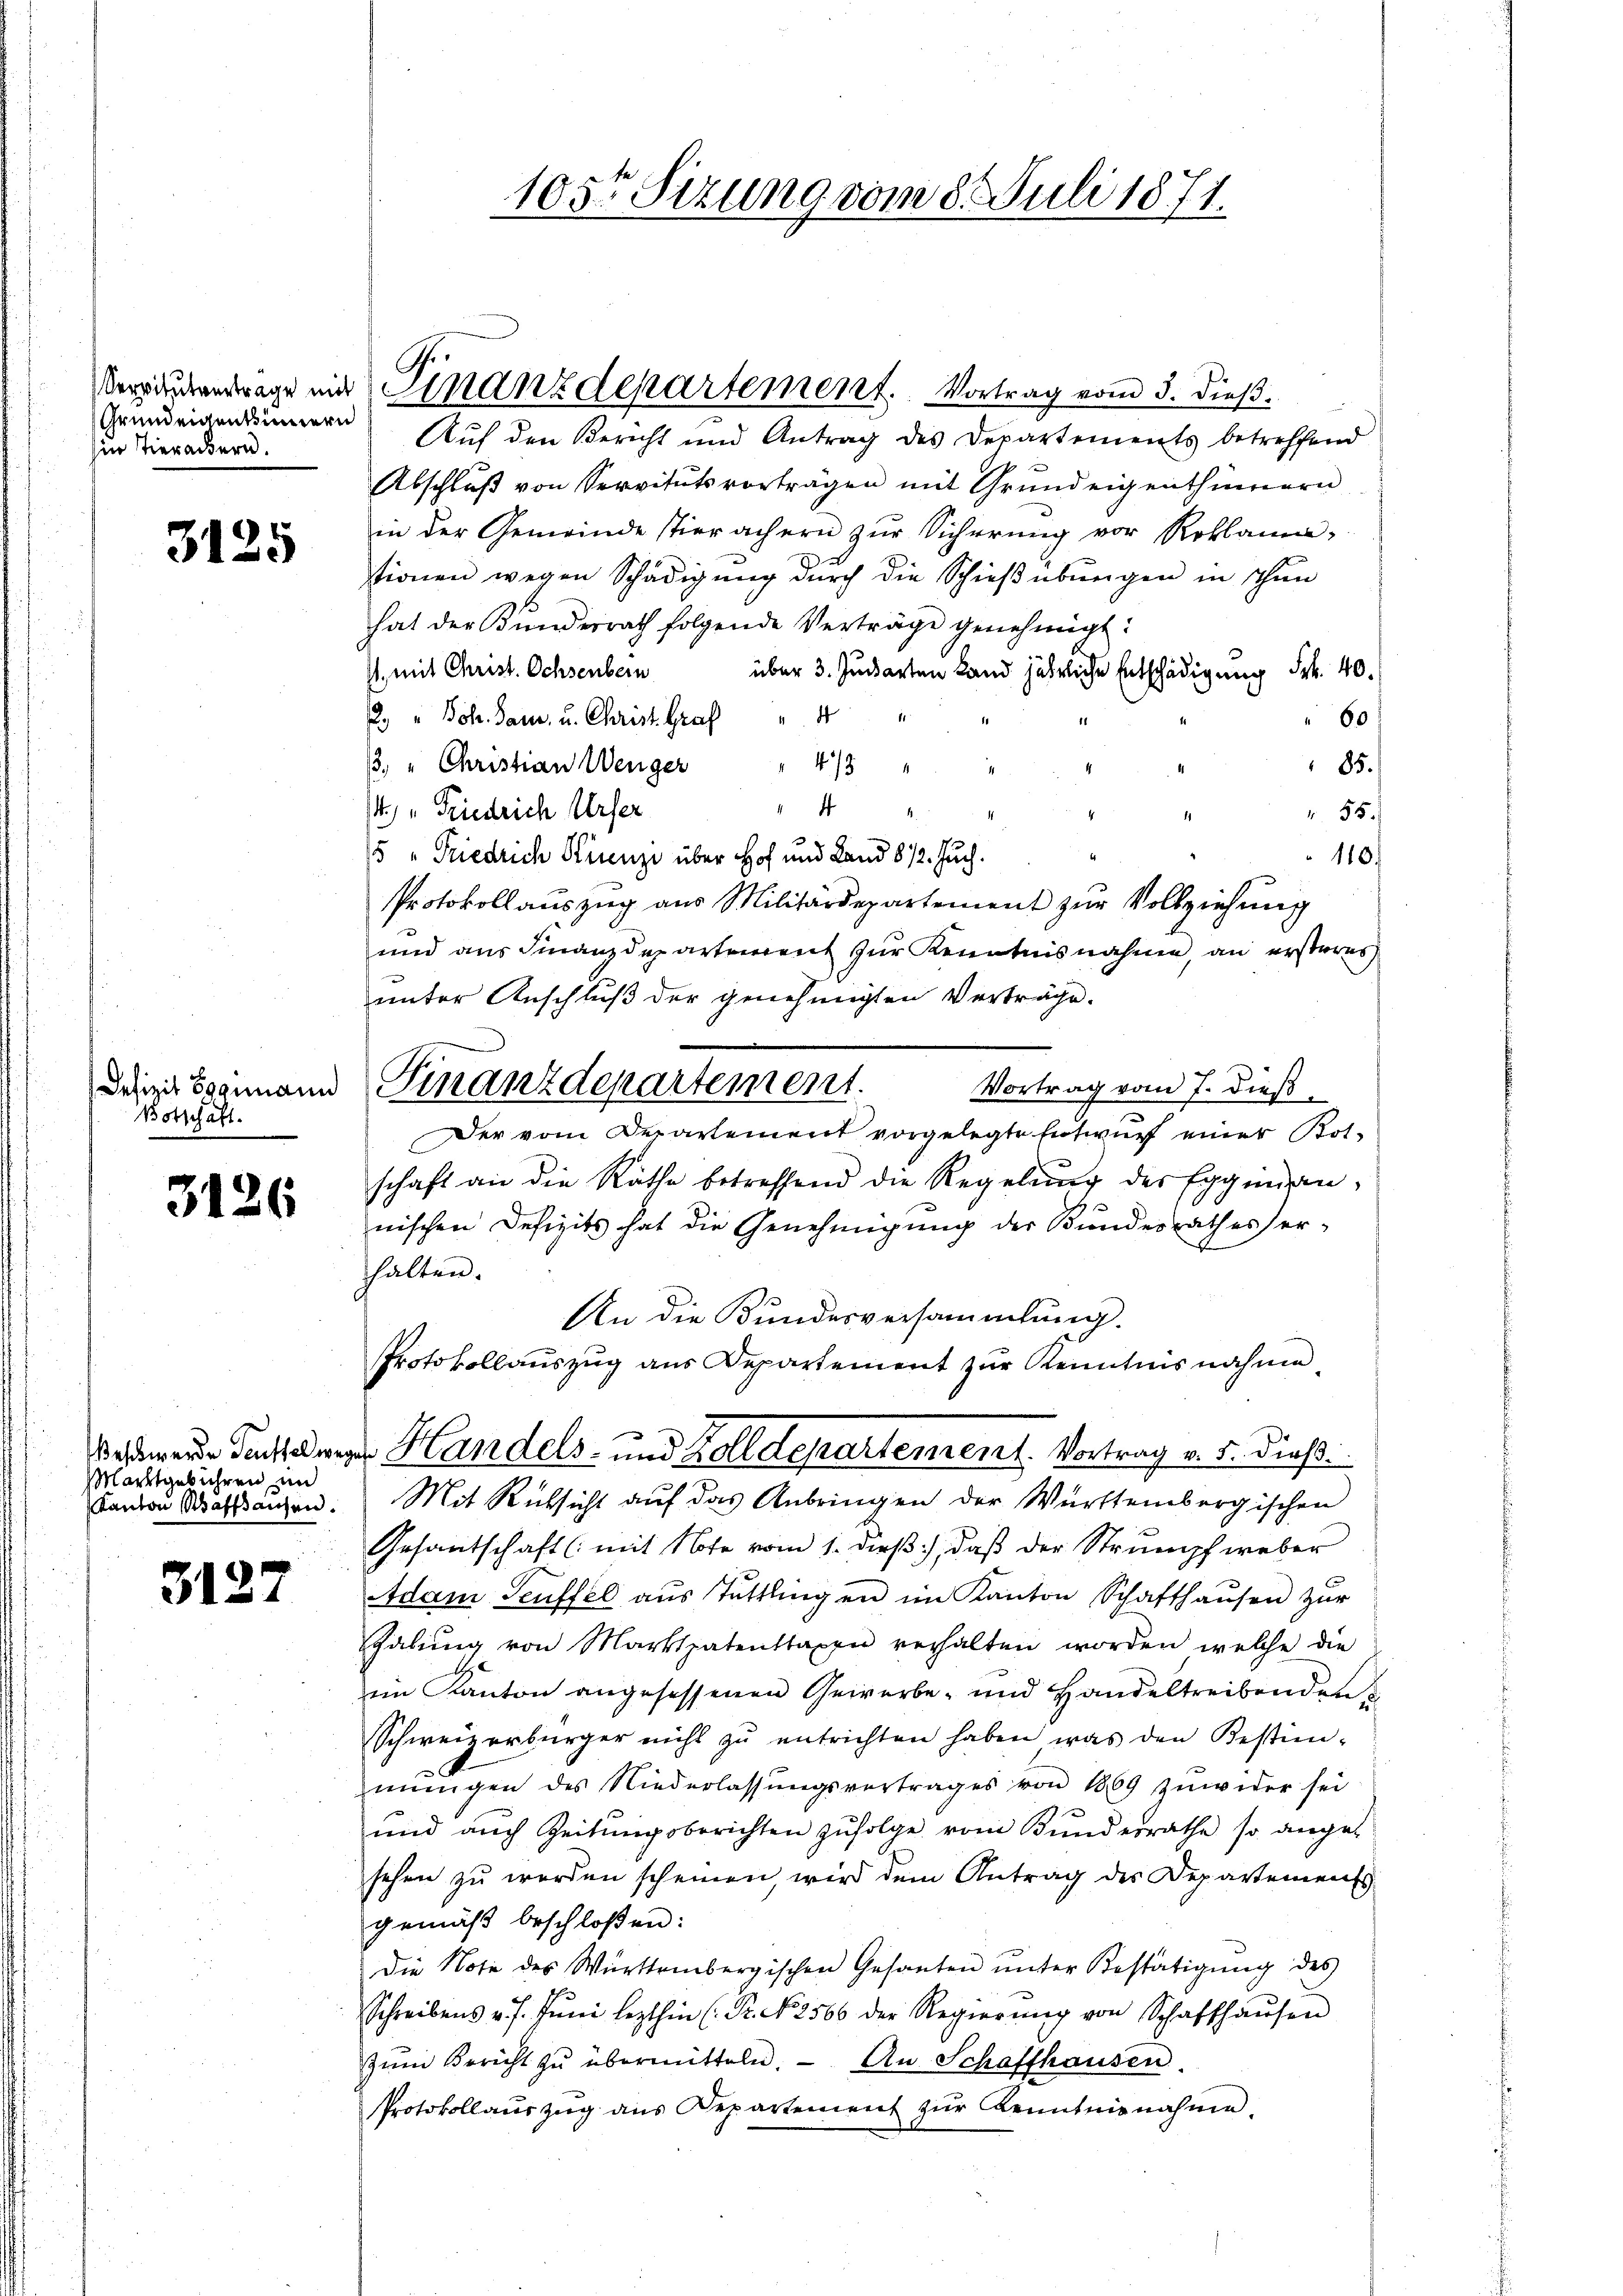
Grundeigentinnern
in Tierackern.

3125

Defizit Eggimann
Botschaft.

3126

Marktgebühren und
Kanton Wafhausen.

3127

Veränderentrage mit Sinanzdepartement. Vortrag vom 3. dieß.
Auf den Bericht und Antrag des Departements betreffend

Finanzdepartement.

105ten Sizung vom 8. Juli 1871.

Abschluß von Servitutsvorträgen mit Grundeigenthümern
in der Gemeinde stierachern zŭr Sicherŭng vor Reklami
tionen wegen Schädigung durch die Schießübungen in Thun
hat der Kundesrath folgende Verträge genehmigt:
I. mit Christ. Ochsenbern über 3. Judarten Land jährliche Entschädigung Frk. 40.
2. " Boh. Paur, u. Christ Graf " 4
60
/3. " Christian Wenger
85.
4/3
d
 " Friedrich Urser
55.
15 " Friedrich Krenz über Hof und Land 612. Juch.
110.
Protokoll aŭszŭg aŭs Militärdepartement zŭr Vollziehŭng
und aus Finanzdepartement zur Kenntnisnahme, an ersteres
unter Anschluß der genehmigten Verträge.
Vortrag vom 7. dieß.
Der vom Departement vorgelegte Entwurf einer Botschaft an die Räthe betreffend die Regelŭng des Eggiman-
nischen Defizits hat die Genehmigung der Bundesrathes er-
halten.
An die Bundesversammlung.
Protokollauszug aus Departement zur Kenntnisnahme,
kademende dens der Handels- und Zolldepartement. Vortrag v. 5. dieß.
Mit Rücksicht auf das Anbringen der Württembergischen
Gesantschaft (mit Note vom 1. dieß, daß der Strumpf weber
Adam Seuffel aŭs Tuttlingen im Kanton Schafthaŭsen zŭr
Gabŭng von Marktpatenttaxen verhalten worden, welche die
im Kanton angesessenen Gewerbe- und Handeltreibenden
Schweizerbürger nicht zŭ entrichten haben, was den Bestim-
1
mŭngen des Niederlassŭngsvertrages von 1869 zŭwider sei
und auch Zeitungsberichten zufolge vom Bundesrathe so ange-
sehen zu werden scheinen, wird dem Antrag des Departements
gemäβ beschloßen:
Die Note des Württembergischen Gesanten ŭnter Bestätigung des
Schreibens v. J. Jŭni lezthin (Pr. No 2566 der Regierŭng von Schaffhaŭsen
zŭm Bericht zŭ übermitteln. An Schaffhausen.
Protokollaŭszŭg ans Departement zŭr Kenntnisnahme.